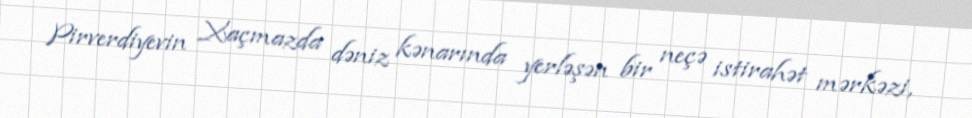
Pirverdiyevin Xaçmazda dəniz kənarında yerləşən bir neçə istirahət mərkəzi,